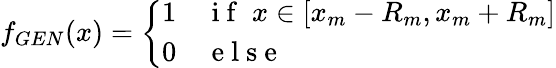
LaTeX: f_{GEN}(x)=\left\{ \begin{array}{ll}{1}&{\mathrm{~i~f~}\; x\in[x_{m}-R_{m},x_{m}+R_{m}]}\\ {0}&{\mathrm{~e~l~s~e~}}\end{array}\right.